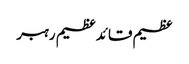
عظیم قائدعظیم رہبر